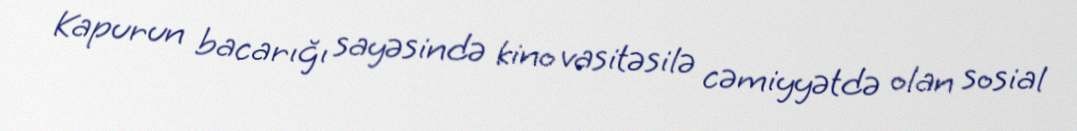
Kapurun bacarığı sayəsində kino vasitəsilə cəmiyyətdə olan sosial